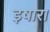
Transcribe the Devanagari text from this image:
इषारा